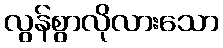
လွန်စွာလိုလားသော